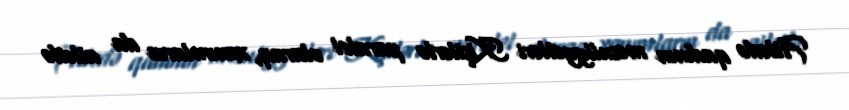
Ailədə qadının məsuliyyətləri Kişilərlə paralel olaraq, xanımların da ailədə